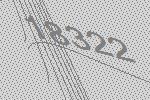
18322